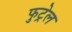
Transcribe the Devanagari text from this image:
फुट्रेल